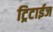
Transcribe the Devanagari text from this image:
ट्रिटाईज